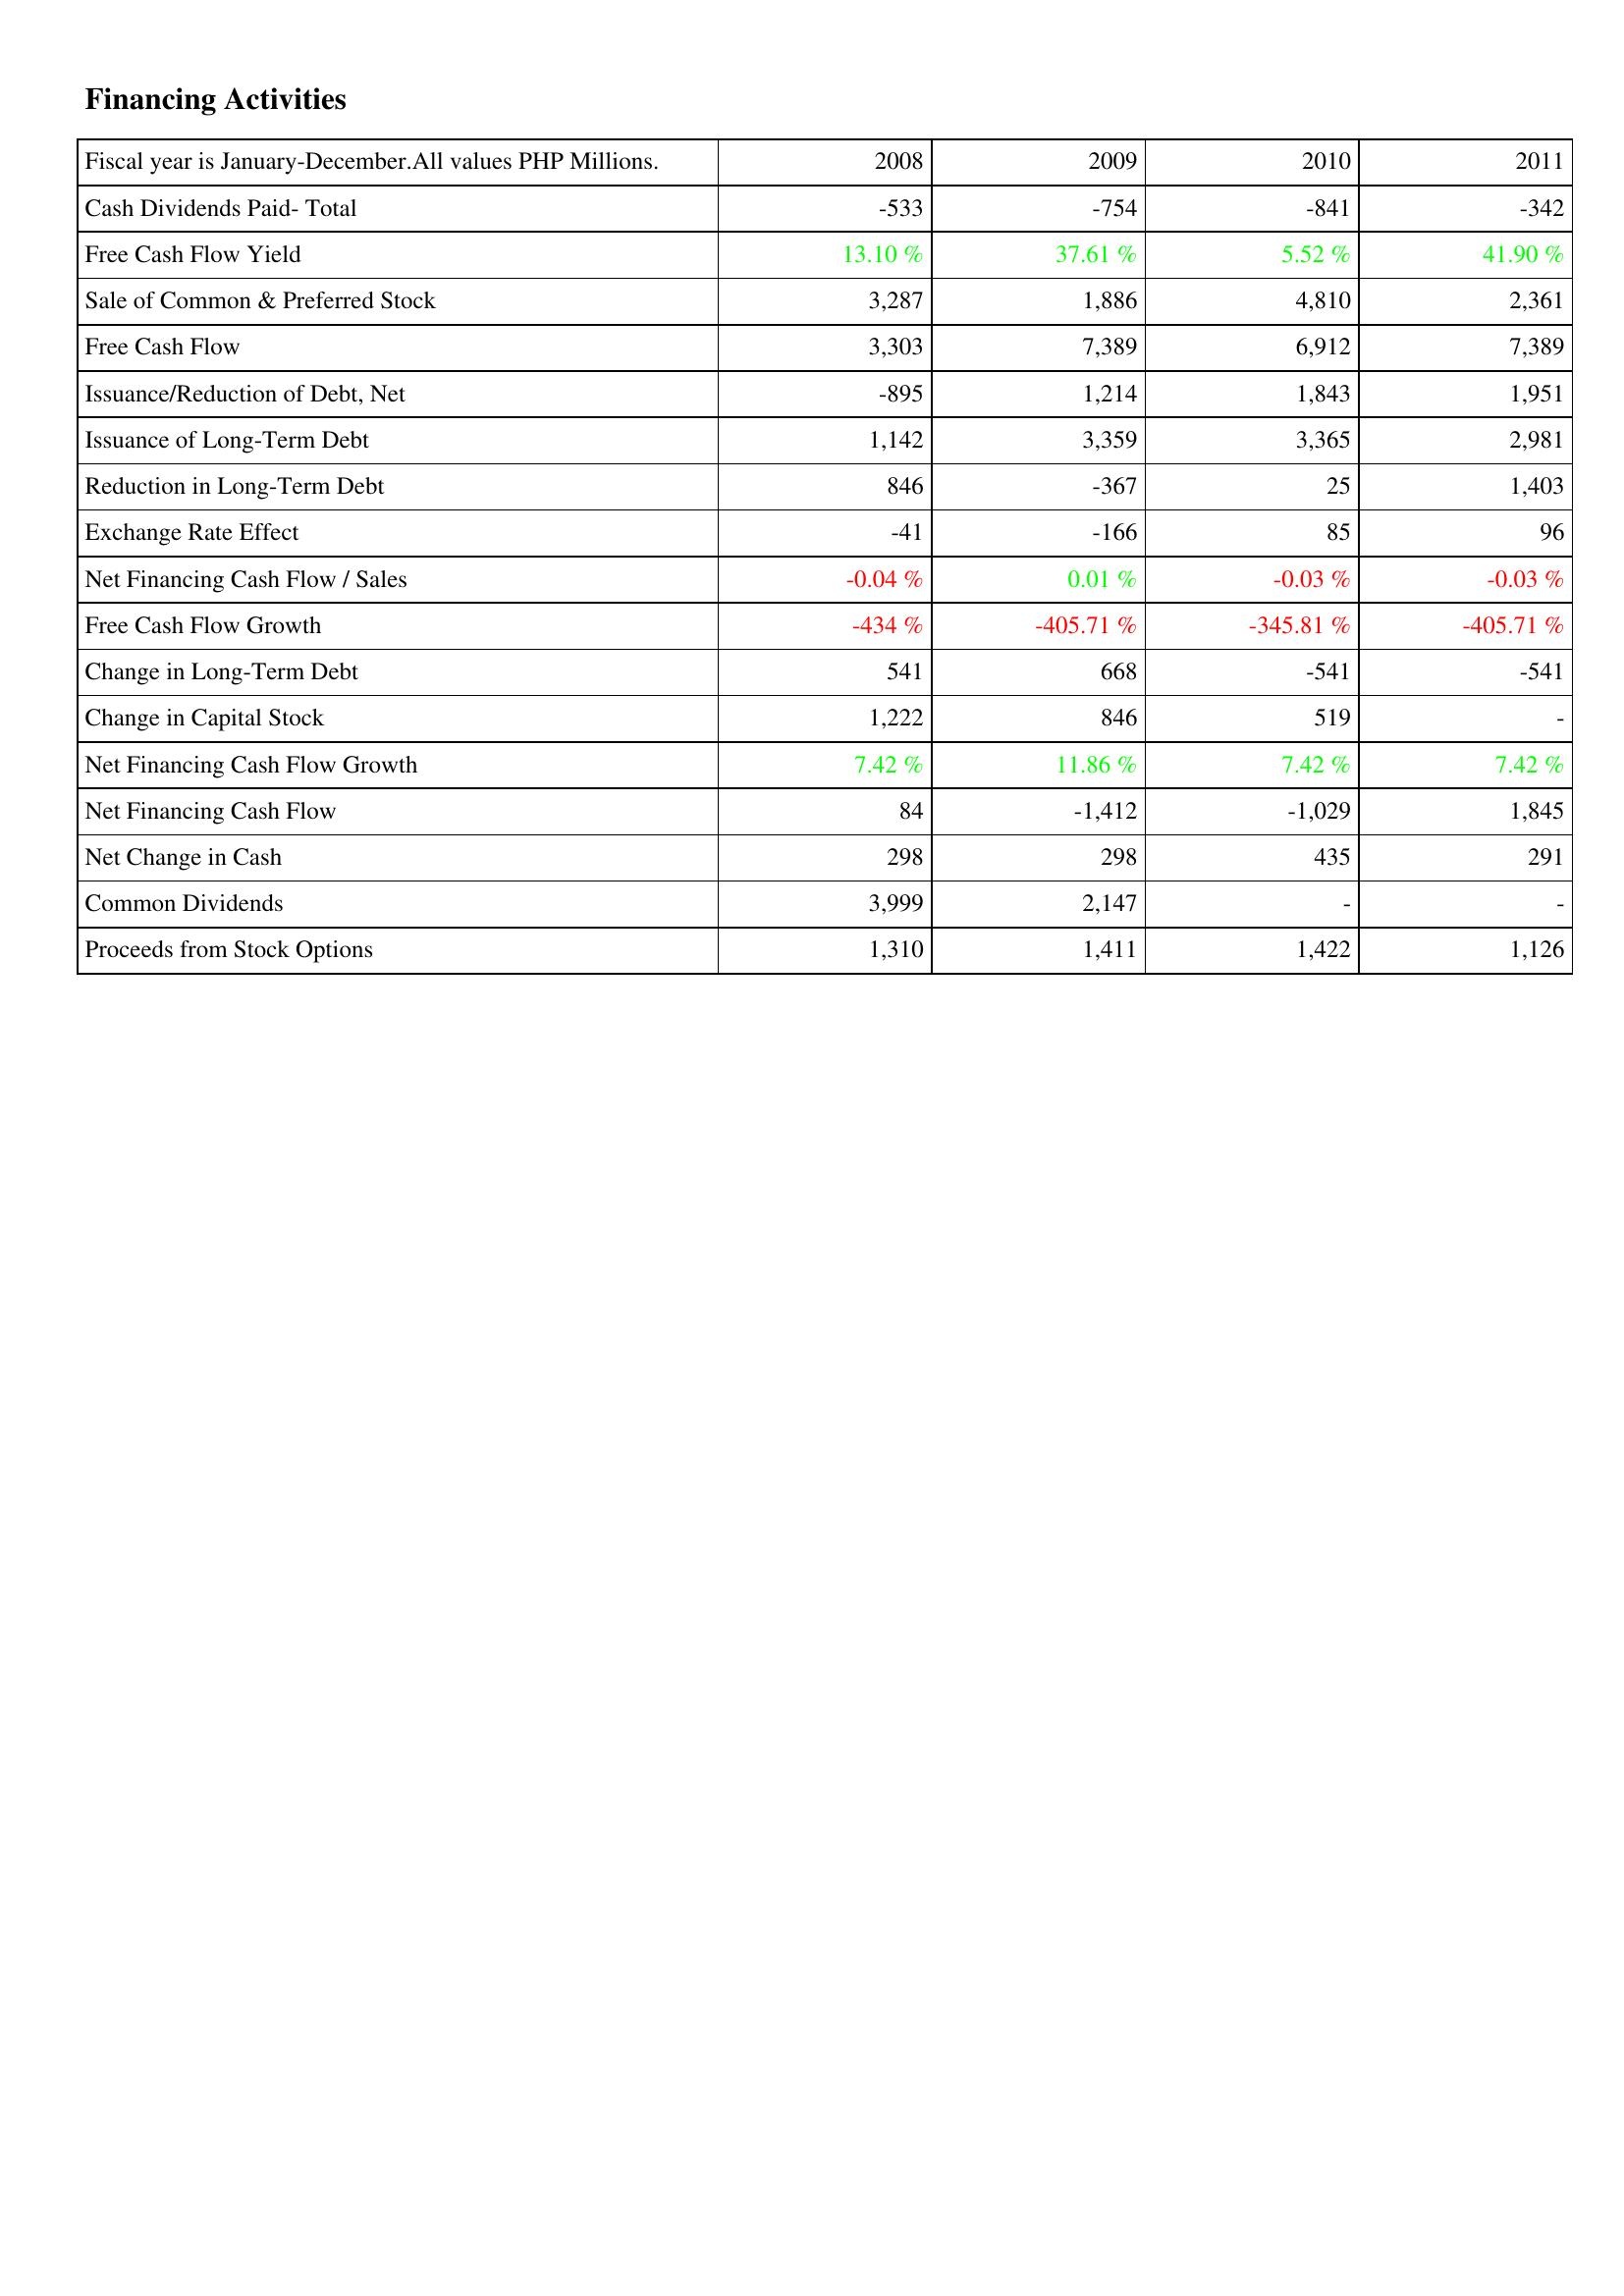
2008: Financing Activities: Cash Dividends Paid- Total: -533
Free Cash Flow Yield: 13.10 %
Sale of Common & Preferred Stock: 3,287
Free Cash Flow: 3,303
Issuance/Reduction of Debt, Net: -895
Issuance of Long-Term Debt: 1,142
Reduction in Long-Term Debt: 846
Exchange Rate Effect: -41
Net Financing Cash Flow / Sales: -0.04 %
Free Cash Flow Growth: -434 %
Change in Long-Term Debt: 541
Change in Capital Stock: 1,222
Net Financing Cash Flow Growth: 7.42 %
Net Financing Cash Flow: 84
Net Change in Cash: 298
Common Dividends: 3,999
Proceeds from Stock Options: 1,310
2009: Financing Activities: Cash Dividends Paid- Total: -754
Free Cash Flow Yield: 37.61 %
Sale of Common & Preferred Stock: 1,886
Free Cash Flow: 7,389
Issuance/Reduction of Debt, Net: 1,214
Issuance of Long-Term Debt: 3,359
Reduction in Long-Term Debt: -367
Exchange Rate Effect: -166
Net Financing Cash Flow / Sales: 0.01 %
Free Cash Flow Growth: -405.71 %
Change in Long-Term Debt: 668
Change in Capital Stock: 846
Net Financing Cash Flow Growth: 11.86 %
Net Financing Cash Flow: -1,412
Net Change in Cash: 298
Common Dividends: 2,147
Proceeds from Stock Options: 1,411
2010: Financing Activities: Cash Dividends Paid- Total: -841
Free Cash Flow Yield: 5.52 %
Sale of Common & Preferred Stock: 4,810
Free Cash Flow: 6,912
Issuance/Reduction of Debt, Net: 1,843
Issuance of Long-Term Debt: 3,365
Reduction in Long-Term Debt: 25
Exchange Rate Effect: 85
Net Financing Cash Flow / Sales: -0.03 %
Free Cash Flow Growth: -345.81 %
Change in Long-Term Debt: -541
Change in Capital Stock: 519
Net Financing Cash Flow Growth: 7.42 %
Net Financing Cash Flow: -1,029
Net Change in Cash: 435
Common Dividends: -
Proceeds from Stock Options: 1,422
2011: Financing Activities: Cash Dividends Paid- Total: -342
Free Cash Flow Yield: 41.90 %
Sale of Common & Preferred Stock: 2,361
Free Cash Flow: 7,389
Issuance/Reduction of Debt, Net: 1,951
Issuance of Long-Term Debt: 2,981
Reduction in Long-Term Debt: 1,403
Exchange Rate Effect: 96
Net Financing Cash Flow / Sales: -0.03 %
Free Cash Flow Growth: -405.71 %
Change in Long-Term Debt: -541
Change in Capital Stock: -
Net Financing Cash Flow Growth: 7.42 %
Net Financing Cash Flow: 1,845
Net Change in Cash: 291
Common Dividends: -
Proceeds from Stock Options: 1,126